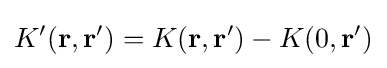
K'(\mathbf {r} ,\mathbf {r} ')=K(\mathbf {r} ,\mathbf {r} ')-K(0,\mathbf {r} ')